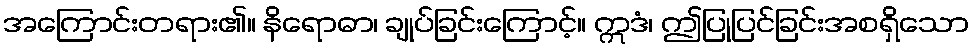
အကြောင်းတရား၏။ နိရောဓာ၊ ချုပ်ခြင်းကြောင့်။ ဣဒံ၊ ဤပြုပြင်ခြင်းအစရှိသော